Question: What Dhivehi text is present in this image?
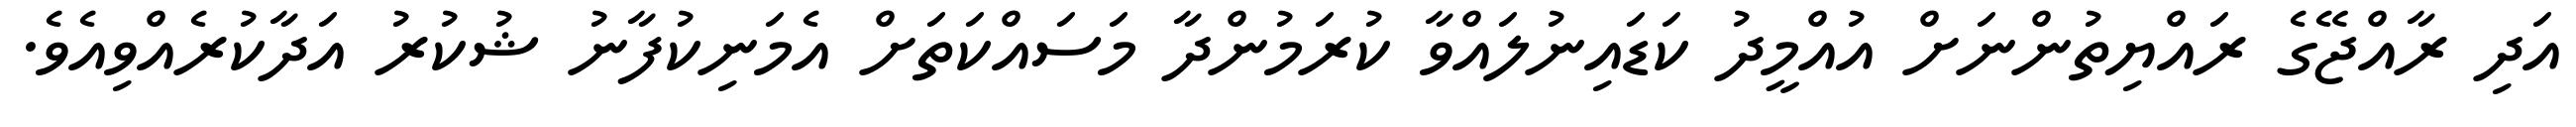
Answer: އަދި ރާއްޖޭގެ ރައްޔިތުންނަށް އުއްމީދު ކަޑައިނުލައްވާ ކުރަމުންދާ މަސައްކަތަށް އެމަނިކުފާނު ޝުކުރު އަދާކުރެއްވިއެވެ.